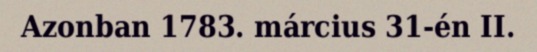
Azonban 1783. március 31-én II.